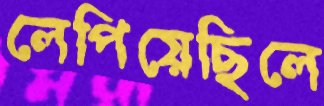
লেপিয়েছিলে